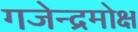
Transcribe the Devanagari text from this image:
गजेन्द्रमोक्ष